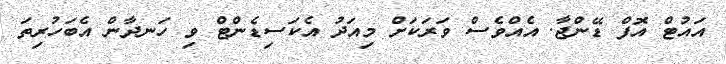
އައުޓް އޮފް ޑޭންޖާ. އެއްވެސް ވަރަކަށް މިއަދު އެކަސިޑެންޓް ވި ހަނދާން އެބަހުރިތަ